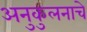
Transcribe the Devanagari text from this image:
अनुकुलनाचे